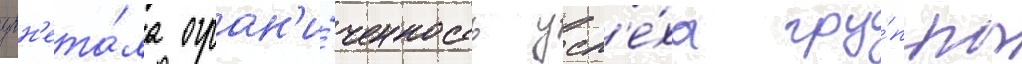
угн'ета́ла огран'и́ченность усп'е́ха гру́ппы